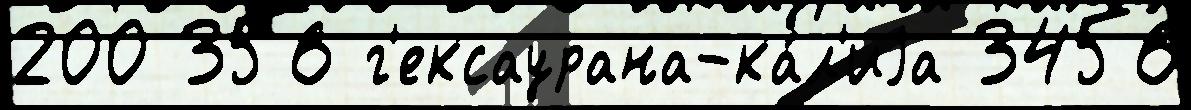
200 356 г'ексаурана-ка́л'иjа 3456